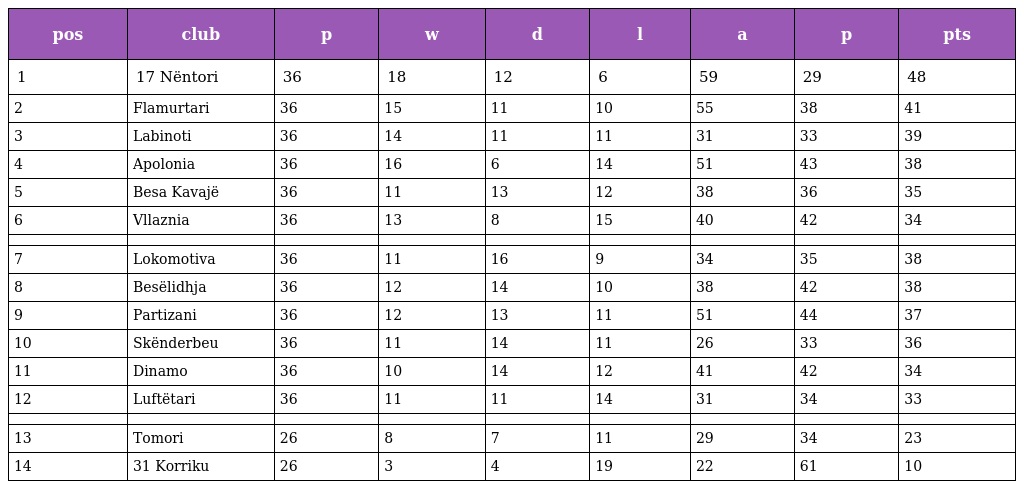
| pos | club | p | w | d | l | a | p | pts |
 | --- | --- | --- | --- | --- | --- | --- | --- | --- |
 | 1 | 17 Nëntori | 36 | 18 | 12 | 6 | 59 | 29 | 48 |
 | 2 | Flamurtari | 36 | 15 | 11 | 10 | 55 | 38 | 41 |
 | 3 | Labinoti | 36 | 14 | 11 | 11 | 31 | 33 | 39 |
 | 4 | Apolonia | 36 | 16 | 6 | 14 | 51 | 43 | 38 |
 | 5 | Besa Kavajë | 36 | 11 | 13 | 12 | 38 | 36 | 35 |
 | 6 | Vllaznia | 36 | 13 | 8 | 15 | 40 | 42 | 34 |
 |  |  |  |  |  |  |  |  |  |
 | 7 | Lokomotiva | 36 | 11 | 16 | 9 | 34 | 35 | 38 |
 | 8 | Besëlidhja | 36 | 12 | 14 | 10 | 38 | 42 | 38 |
 | 9 | Partizani | 36 | 12 | 13 | 11 | 51 | 44 | 37 |
 | 10 | Skënderbeu | 36 | 11 | 14 | 11 | 26 | 33 | 36 |
 | 11 | Dinamo | 36 | 10 | 14 | 12 | 41 | 42 | 34 |
 | 12 | Luftëtari | 36 | 11 | 11 | 14 | 31 | 34 | 33 |
 |  |  |  |  |  |  |  |  |  |
 | 13 | Tomori | 26 | 8 | 7 | 11 | 29 | 34 | 23 |
 | 14 | 31 Korriku | 26 | 3 | 4 | 19 | 22 | 61 | 10 |